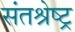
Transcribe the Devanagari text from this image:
संतश्रेष्ट्र